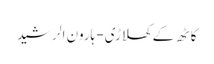
کاٹھ کے کھلاڑی- ہارون الرشید